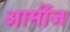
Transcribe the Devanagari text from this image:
आर्मीज